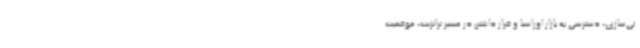
تی‌سازی، دسترسی به بازار اوراسیا و قرار داشتن در مسیر ترانزیت، موقعیت